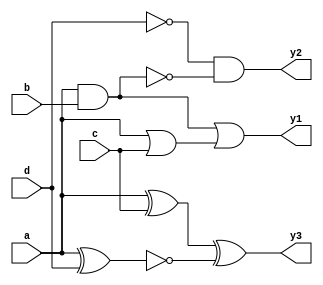
module combinational_logic_block (
    input wire a,      // Input A
    input wire b,      // Input B
    input wire c,      // Input C
    input wire d,      // Input D
    output wire y1,    // Output Y1
    output wire y2,    // Output Y2
    output wire y3     // Output Y3
);

// Internal wires for interconnections
wire and_out1;
wire or_out1;
wire not_out1;
wire nand_out1;
wire xor_out1;
wire xnor_out1;

// Logic gate operations
assign and_out1 = a & b;                 // AND Gate
assign or_out1 = a | c;                  // OR Gate
assign not_out1 = ~d;                    // NOT Gate
assign nand_out1 = ~(a & b);             // NAND Gate
assign xor_out1 = a ^ c;                 // XOR Gate
assign xnor_out1 = ~(a ^ d);             // XNOR Gate

// Final output logic based on interconnections
assign y1 = and_out1 | or_out1;          // Output Y1
assign y2 = not_out1 & nand_out1;        // Output Y2
assign y3 = xor_out1 ^ xnor_out1;       // Output Y3

endmodule